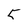
Character: 5